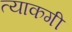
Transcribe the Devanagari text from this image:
त्याकगी